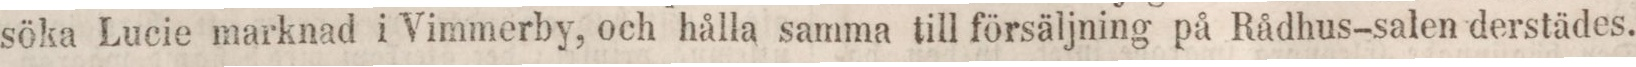
söka Lucie marknad i Vimmerby, och hålla samma till försäljning på Rådhus-salen derstädes.